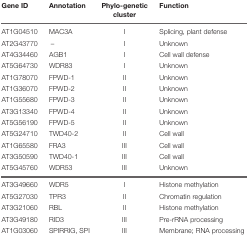
<table><thead><tr><td><b>Gene ID</b></td><td><b>Annotation</b></td><td><b>Phylo-genetic cluster</b></td><td><b>Function</b></td></tr></thead><tbody><tr><td>AT1G04510</td><td>MAC3A</td><td>I</td><td>Splicing, plant defense</td></tr><tr><td>AT2G43770</td><td>–</td><td>I</td><td>Unknown</td></tr><tr><td>AT4G34460</td><td>AGB1</td><td>I</td><td>Cell wall defense</td></tr><tr><td>AT5G64730</td><td>WDR83</td><td>I</td><td>Unknown</td></tr><tr><td>AT1G78070</td><td>FPWD-1</td><td>II</td><td>Unknown</td></tr><tr><td>AT1G36070</td><td>FPWD-2</td><td>II</td><td>Unknown</td></tr><tr><td>AT1G55680</td><td>FPWD-3</td><td>II</td><td>Unknown</td></tr><tr><td>AT3G13340</td><td>FPWD-4</td><td>II</td><td>Unknown</td></tr><tr><td>AT5G56190</td><td>FPWD-5</td><td>II</td><td>Unknown</td></tr><tr><td>AT5G24710</td><td>TWD40-2</td><td>II</td><td>Cell wall</td></tr><tr><td>AT1G65580</td><td>FRA3</td><td>III</td><td>Cell wall</td></tr><tr><td>AT3G50590</td><td>TWD40-1</td><td>III</td><td>Cell wall</td></tr><tr><td>AT5G45760</td><td>WDR53</td><td>III</td><td>Unknown</td></tr><tr><td>AT3G49660</td><td>WDR5</td><td>I</td><td>Histone methylation</td></tr><tr><td>AT5G27030</td><td>TPR3</td><td>II</td><td>Chromatin regulation</td></tr><tr><td>AT3G21060</td><td>RBL</td><td>II</td><td>Histone methylation</td></tr><tr><td>AT3G49180</td><td>RID3</td><td>III</td><td>Pre-rRNA processing</td></tr><tr><td>AT1G03060</td><td>SPIRRIG, SPI</td><td>III</td><td>Membrane; RNA processing</td></tr></tbody></table>